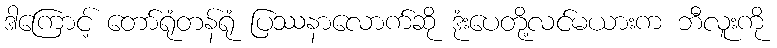
ဒါကြောင့် တော်ရုံတန်ရုံ ပြဿနာလောက်ဆို ဒုံးပေတို့လင်မယားက ဘီလူးကို